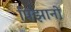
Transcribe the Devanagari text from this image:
पिझानो